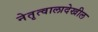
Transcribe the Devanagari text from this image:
नेतृत्वालादेखील